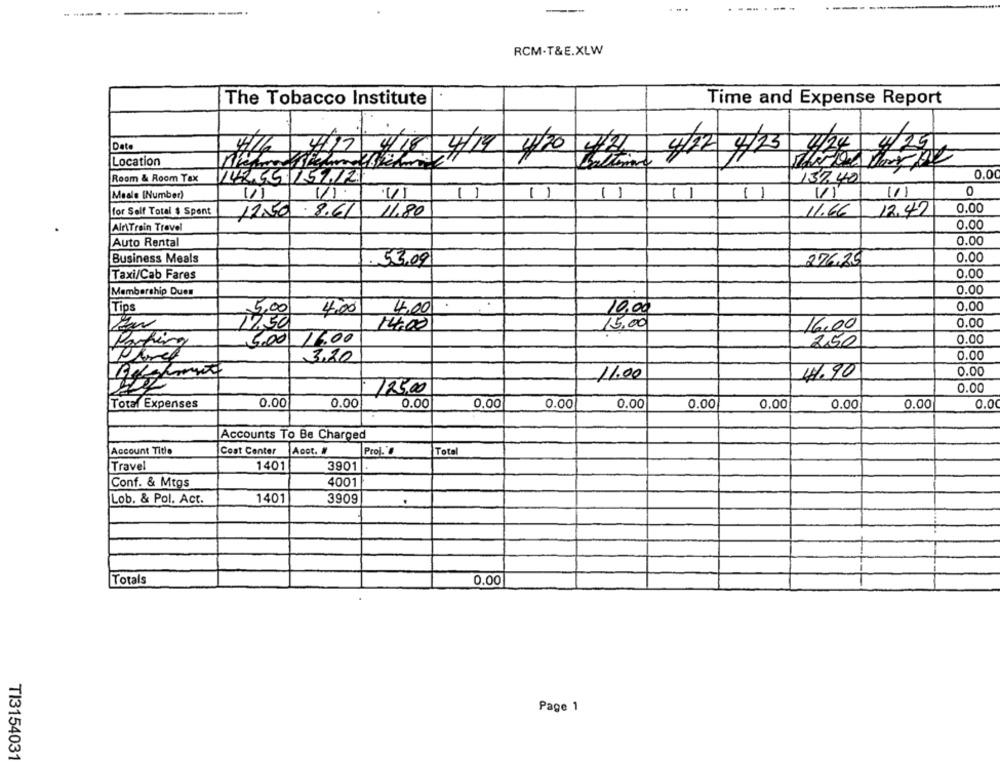
...
---
----
RCM-T&E.XLW
The Tobacco Institute
Time and Expense Report
Date
Location
NY BIBLE 4/19 4/20 4/2 4/1 4/23 424 4/ 201
0.00
Room & Room Tax
14255 159,12
137,40
Meals [Number)
11
11
11
11
11
VI
11)
0
for Self Total $ Spent
12.50
.8.61
11.80
11.66
12.42
0.00
Air\Train Travel
0.00
Auto Rental
0.00
Business Meals
0.00
53.09
276,25
Taxi/Cab Fares
0.00
0.00
Membership Dues
0.00
Tips
4.00
4.00
10,00
5.00
14.00
15,00
16,00
0.00
5.00 16.00
250
0.00
3,20
0.00
41.90
0.00
11.00
0.00
125,00
Total Expenses
0.00
0.00
0.00
0,00
0.00
0.00
0.00
0.00
0.00
0.00
0.00
Accounts To Be Charged
Account Title
Cost Center
Acot. #
Prof."
Total
Travel
1401
3901
Conf. & Mtgs
4001
Lob. & Pol. Act.
1401
3909
Totals
0.00
Page 1
TI315403